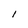
Character: 1